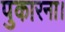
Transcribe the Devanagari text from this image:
पुकारना।